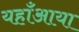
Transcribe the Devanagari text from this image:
यहाँआया